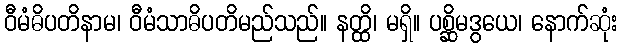
ဝီမံဓိပတိနာမ၊ ဝီမံသာဓိပတိမည်သည်။ နတ္ထိ၊ မရှိ။ ပစ္ဆိမဒွယေ၊ နောက်ဆုံး